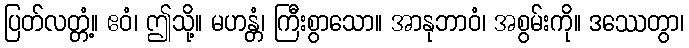
ပြတ်လတ္တံ့။ ဧဝံ၊ ဤသို့။ မဟန္တံ၊ ကြီးစွာသော။ အာနုဘာဝံ၊ အစွမ်းကို။ ဒဿေတွာ၊